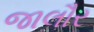
જાલૌર